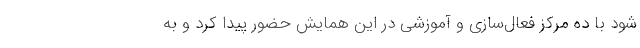
شود با ده مرکز فعال‌سازی و آموزشی در این همایش حضور پیدا کرد و به